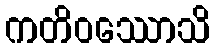
ကတိဝဿောသိ